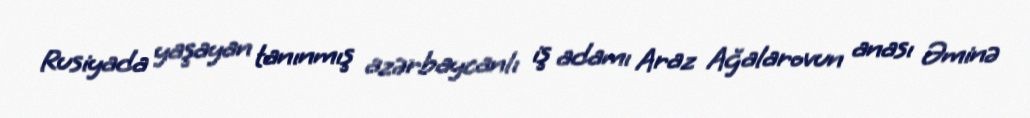
Rusiyada yaşayan tanınmış azərbaycanlı iş adamı Araz Ağalarovun anası Əminə